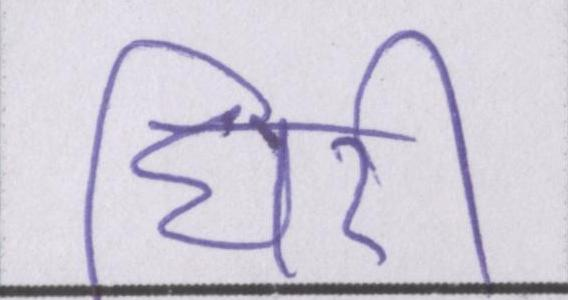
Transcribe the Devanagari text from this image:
घिरी